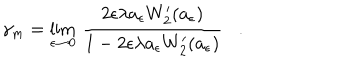
LaTeX: \gamma _ { m } = \lim _ { \epsilon \rightarrow 0 } \, { \frac { 2 \epsilon \lambda a _ { \epsilon } W _ { 2 } ^ { \prime } ( a _ { \epsilon } ) } { 1 - 2 \epsilon \lambda a _ { \epsilon } W _ { 2 } ^ { \prime } ( a _ { \epsilon } ) } } .